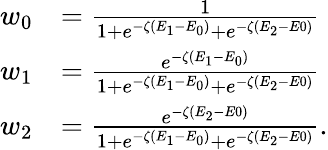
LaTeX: \begin{array}{rl}{w_{0}}&{=\frac{1}{1+e^{-\zeta(E_{1}-E_{0})}+e^{-\zeta(E_{2}-E0)}}}\\ {w_{1}}&{=\frac{e^{-\zeta(E_{1}-E_{0})}}{1+e^{-\zeta(E_{1}-E_{0})}+e^{-\zeta(E_{2}-E0)}}}\\ {w_{2}}&{=\frac{e^{-\zeta(E_{2}-E0)}}{1+e^{-\zeta(E_{1}-E_{0})}+e^{-\zeta(E_{2}-E0)}}.}\end{array}